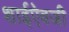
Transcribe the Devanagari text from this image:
शाईऐवजी